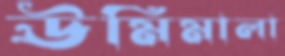
ঊর্মিমালা